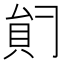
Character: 𰶺